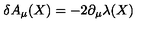
\delta A _ { \mu } ( X ) = - 2 \partial _ { \mu } \lambda ( X )